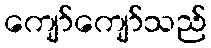
ကျော်ကျော်သည်